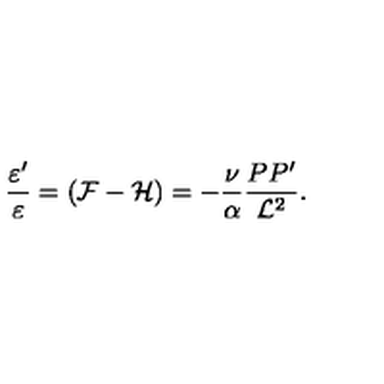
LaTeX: \frac { \varepsilon ^ { \prime } } { \varepsilon } = ( { \cal F } - { \cal H } ) = - \frac { \nu } { \alpha } \frac { P P ^ { \prime } } { { \cal L } ^ { 2 } } .